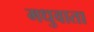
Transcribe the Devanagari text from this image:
मधुवाता